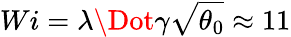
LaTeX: Wi=\lambda\Dot{\gamma}\sqrt{\theta_{0}}\approx 11